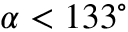
\alpha < 1 3 3 ^ { \circ }